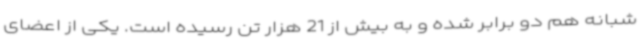
شبانه هم دو برابر شده و به بیش از 21 هزار تن رسیده است. یکی از اعضای